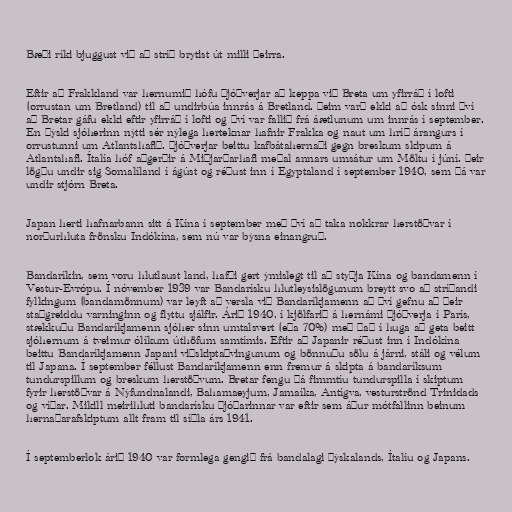
Bæði ríki bjuggust við að stríð brytist út milli þeirra.

Eftir að Frakkland var hernumið hófu Þjóðverjar að keppa við Breta um yfirráð í lofti
(orrustan um Bretland) til að undirbúa innrás á Bretland. Þeim varð ekki að ósk sinni því
að Bretar gáfu ekki eftir yfirráð í lofti og því var fallið frá áætlunum um innrás í september.
En þýski sjóherinn nýtti sér nýlega herteknar hafnir Frakka og naut um hríð árangurs í
orrustunni um Atlantshafið. Þjóðverjar beittu kafbátahernaði gegn breskum skipum á
Atlantshafi. Ítalía hóf aðgerðir á Miðjarðarhafi meðal annars umsátur um Möltu í júní. Þeir
lögðu undir sig Somalíland í ágúst og réðust inn í Egyptaland í september 1940, sem þá var
undir stjórn Breta.

Japan herti hafnarbann sitt á Kína í september með því að taka nokkrar herstöðvar í
norðurhluta frönsku Indókína, sem nú var býsna einangruð.

Bandaríkin, sem voru hlutlaust land, hafði gert ýmislegt til að styðja Kína og bandamenn í
Vestur-Evrópu. Í nóvember 1939 var Bandarísku hlutleysislögunum breytt svo að stríðandi
fylkingum (bandamönnum) var leyft að versla við Bandaríkjamenn að því gefnu að þeir
staðgreiddu varninginn og flyttu sjálfir. Árið 1940, í kjölfarið á hernámi Þjóðverja í París,
stækkuðu Bandaríkjamenn sjóher sinn umtalsvert (eða 70%) með það í huga að geta beitt
sjóhernum á tveimur ólíkum úthöfum samtímis. Eftir að Japanir réðust inn í Indókína
beittu Bandaríkjamenn Japani viðskiptaþvingunum og bönnuðu sölu á járni, stáli og vélum
til Japana. Í september féllust Bandaríkjamenn enn fremur á skipta á bandaríksum
tundurspillum og breskum herstöðvum. Bretar fengu þá fimmtíu tundurspilla í skiptum
fyrir herstöðvar á Nýfundnalandi, Bahamaeyjum, Jamaíka, Antígva, vesturströnd Trinidads
og víðar. Mikill meirihluti bandarísku þjóðarinnar var eftir sem áður mótfallinn beinum
hernaðarafskiptum allt fram til síðla árs 1941.

Í septemberlok árið 1940 var formlega gengið frá bandalagi Þýskalands, Ítalíu og Japans.